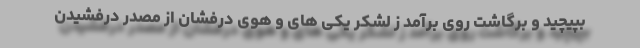
بپیچید و برگاشت روی برآمد ز لشکر یکی های و هوی دِرفشان از مصدر درفشیدن